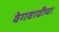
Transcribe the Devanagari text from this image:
वेगवाढीचा